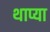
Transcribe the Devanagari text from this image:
थाप्या